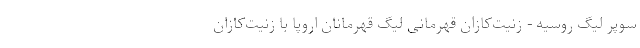
سوپر لیگ روسیه - زنیت‌کازان قهرمانی لیگ قهرمانان اروپا با زنیت‌کازان